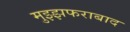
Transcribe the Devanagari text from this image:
मुझ्झफराबाद